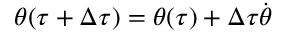
\boldsymbol { \theta } ( \tau + \Delta \tau ) = \boldsymbol { \theta } ( \tau ) + \Delta \tau \dot { \boldsymbol { \theta } }